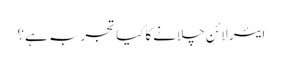
ایئر لائن چلانےکاکیا تجربہ ہے؟